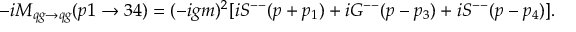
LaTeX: - i { \cal M } _ { q g \to q g } ( p 1 \to 3 4 ) = ( - i g m ) ^ { 2 } [ i S ^ { -- } ( p + p _ { 1 } ) + i G ^ { -- } ( p - p _ { 3 } ) + i S ^ { -- } ( p - p _ { 4 } ) ] .